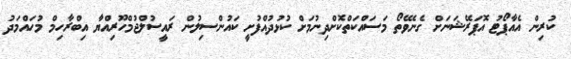
ކުރިން އެއާޕޯޓު އޮޕަރޭޝަނަށް ގެނެވޭތޯ މަސައްކަތްކޮށްދިނުމަށް ކުޅުދުއްފުށީ ކައުންސިލުން ރައީސުލްޖުމްހޫރިއްޔާ އިބްރާހިމް މުހައްމަދު